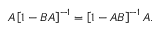
A \left[ 1 - B A \right] ^ { - 1 } = \left[ 1 - A B \right] ^ { - 1 } A .